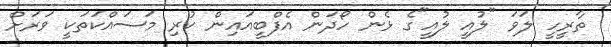
ތާރީހީ ލަވަ "ލުއީ ލުއީ"ގެ ޅެން ހޯދަން އެފްބީއައިން ކުރި މަސައްކަތަކީ ވަރަށް